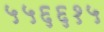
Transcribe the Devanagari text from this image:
५५६६१५